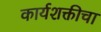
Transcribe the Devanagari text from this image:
कार्यशक्तीचा